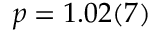
p = 1 . 0 2 ( 7 )